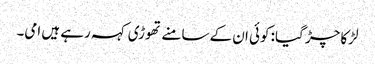
لڑکا چڑ گیا: کوئی ان کے سامنے تھوڑی کہہ رہے ہیں امی۔